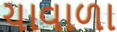
ચાવાળા